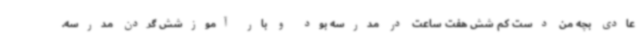
عادی بچه من دست کم شش هفت ساعت در مدرسه بود و بار آموزشش گردن مدرسه.